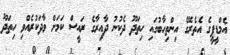
އެމްޑީޕީގެ އެތެރޭގެ އިންތިހާބުގައި ހިތަދޫ ދެކުނު ދާއިރާގެ ރައީސް ކަމަށް ވާދަކުރެއްވި ހިތަދޫ